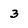
Character: 3